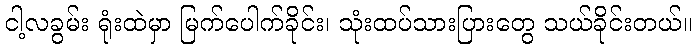
ငါ့လခွမ်း ရုံးထဲမှာ မြက်ပေါက်ခိုင်း၊ သုံးထပ်သားပြားတွေ သယ်ခိုင်းတယ်။